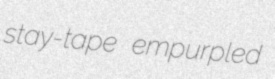
stay-tape empurpled